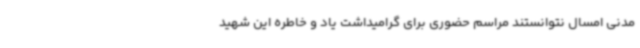
مدنی امسال نتوانستند مراسم حضوری برای گرامیداشت یاد و خاطره این شهید